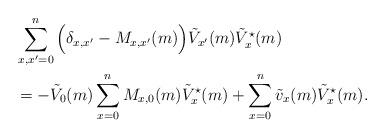
LaTeX: \begin{align*} &\sum_{x,x'=0}^n \Big(\delta_{x,x'}-M_{x,x'}(m) \Big)\tilde V_{x'}(m) \tilde V^{\star}_{x}(m)\\&={ - \tilde V_{0}(m) \sum_{x=0}^n M_{x,0}(m) \tilde V^{\star}_{x}(m)} + \sum_{x=0}^n\tilde v_x(m) \tilde V^{\star}_{x}(m). \end{align*}